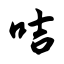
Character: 咭